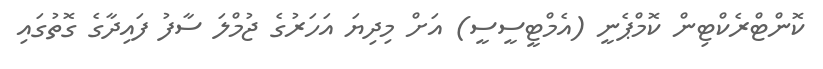
ކޮންޓްރެކްޓިން ކޮމްޕެނީ (އެމްޓީސީސީ) އަށް މިދިޔަ އަހަރުގެ ޖުމްލަ ސާފު ފައިދާގެ ގޮތުގައި